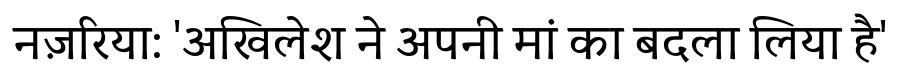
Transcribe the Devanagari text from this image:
नज़रिया: 'अखिलेश ने अपनी मां का बदला लिया है'